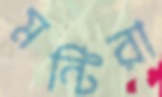
মন্টিরা